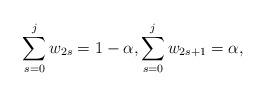
LaTeX: \begin{align*} \sum_{s=0}^{j} w_{2s} = 1-\alpha, \sum_{s=0}^{j} w_{2s+1} = \alpha, \end{align*}